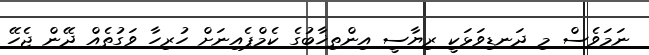
ނަމަވެސް މި ދަނޑިވަޅަކީ ރިޔާސީ އިންތިޚާބުގެ ކެމްޕެއިނަށް ހުރިހާ ވަގުތެއް ދޭން ޖެހޭ